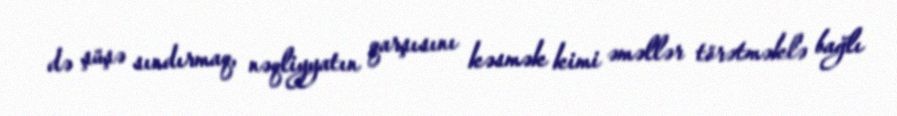
də şüşə sındırmaq, nəqliyyatın qarşısını kəsmək kimi əməllər törətməklə bağlı